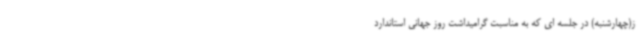
ز(چهارشنبه) در جلسه ای که به مناسبت گرامیداشت روز جهانی استاندارد